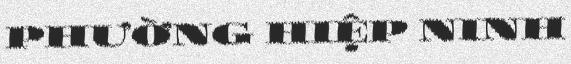
PHƯỜNG HIỆP NINH